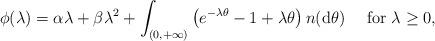
LaTeX: \begin{align*}\phi(\lambda)=\alpha\lambda+\beta\lambda^{2}+\int_{(0,+\infty)}\left(e^{-\lambda \theta}-1+\lambda \theta\right)n({\rm d}\theta)\quad\mbox{ for }\lambda\ge 0,\end{align*}